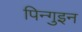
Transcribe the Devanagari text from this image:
पिन्गुइन